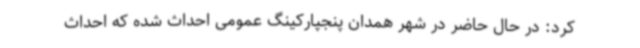
کرد: در حال حاضر در شهر همدان پنجپارکینگ عمومی احداث شده که احداث